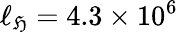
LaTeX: \ell_{\mathfrak{H}}=4.3\times10^{6}